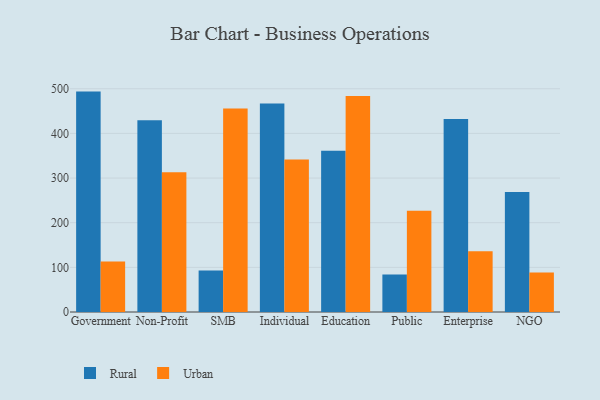
{"axis": {"x": "Segment", "y": "Churn Rate (%)"}, "legend": ["Rural", "Urban"], "data": [{"x": "Government", "y": 493.6, "type": "Rural"}, {"x": "Government", "y": 113.2, "type": "Urban"}, {"x": "Non-Profit", "y": 429.5, "type": "Rural"}, {"x": "Non-Profit", "y": 313.0, "type": "Urban"}, {"x": "SMB", "y": 93.1, "type": "Rural"}, {"x": "SMB", "y": 455.7, "type": "Urban"}, {"x": "Individual", "y": 466.9, "type": "Rural"}, {"x": "Individual", "y": 341.8, "type": "Urban"}, {"x": "Education", "y": 361.2, "type": "Rural"}, {"x": "Education", "y": 483.9, "type": "Urban"}, {"x": "Public", "y": 84.0, "type": "Rural"}, {"x": "Public", "y": 226.9, "type": "Urban"}, {"x": "Enterprise", "y": 432.3, "type": "Rural"}, {"x": "Enterprise", "y": 135.9, "type": "Urban"}, {"x": "NGO", "y": 268.8, "type": "Rural"}, {"x": "NGO", "y": 88.2, "type": "Urban"}]}